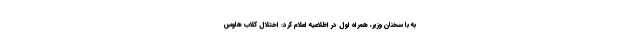
به با سخنان وزیر، همراه اول در اطلاعیه اعلام کرد: اختلال کلاب هاوس